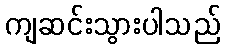
ကျဆင်းသွားပါသည်